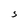
Character: S